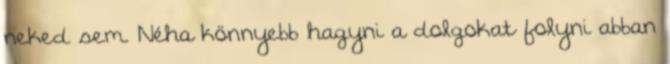
neked sem. Néha könnyebb hagyni a dolgokat folyni abban